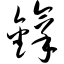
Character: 镎